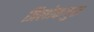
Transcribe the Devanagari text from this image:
त्रिलोकगुरु